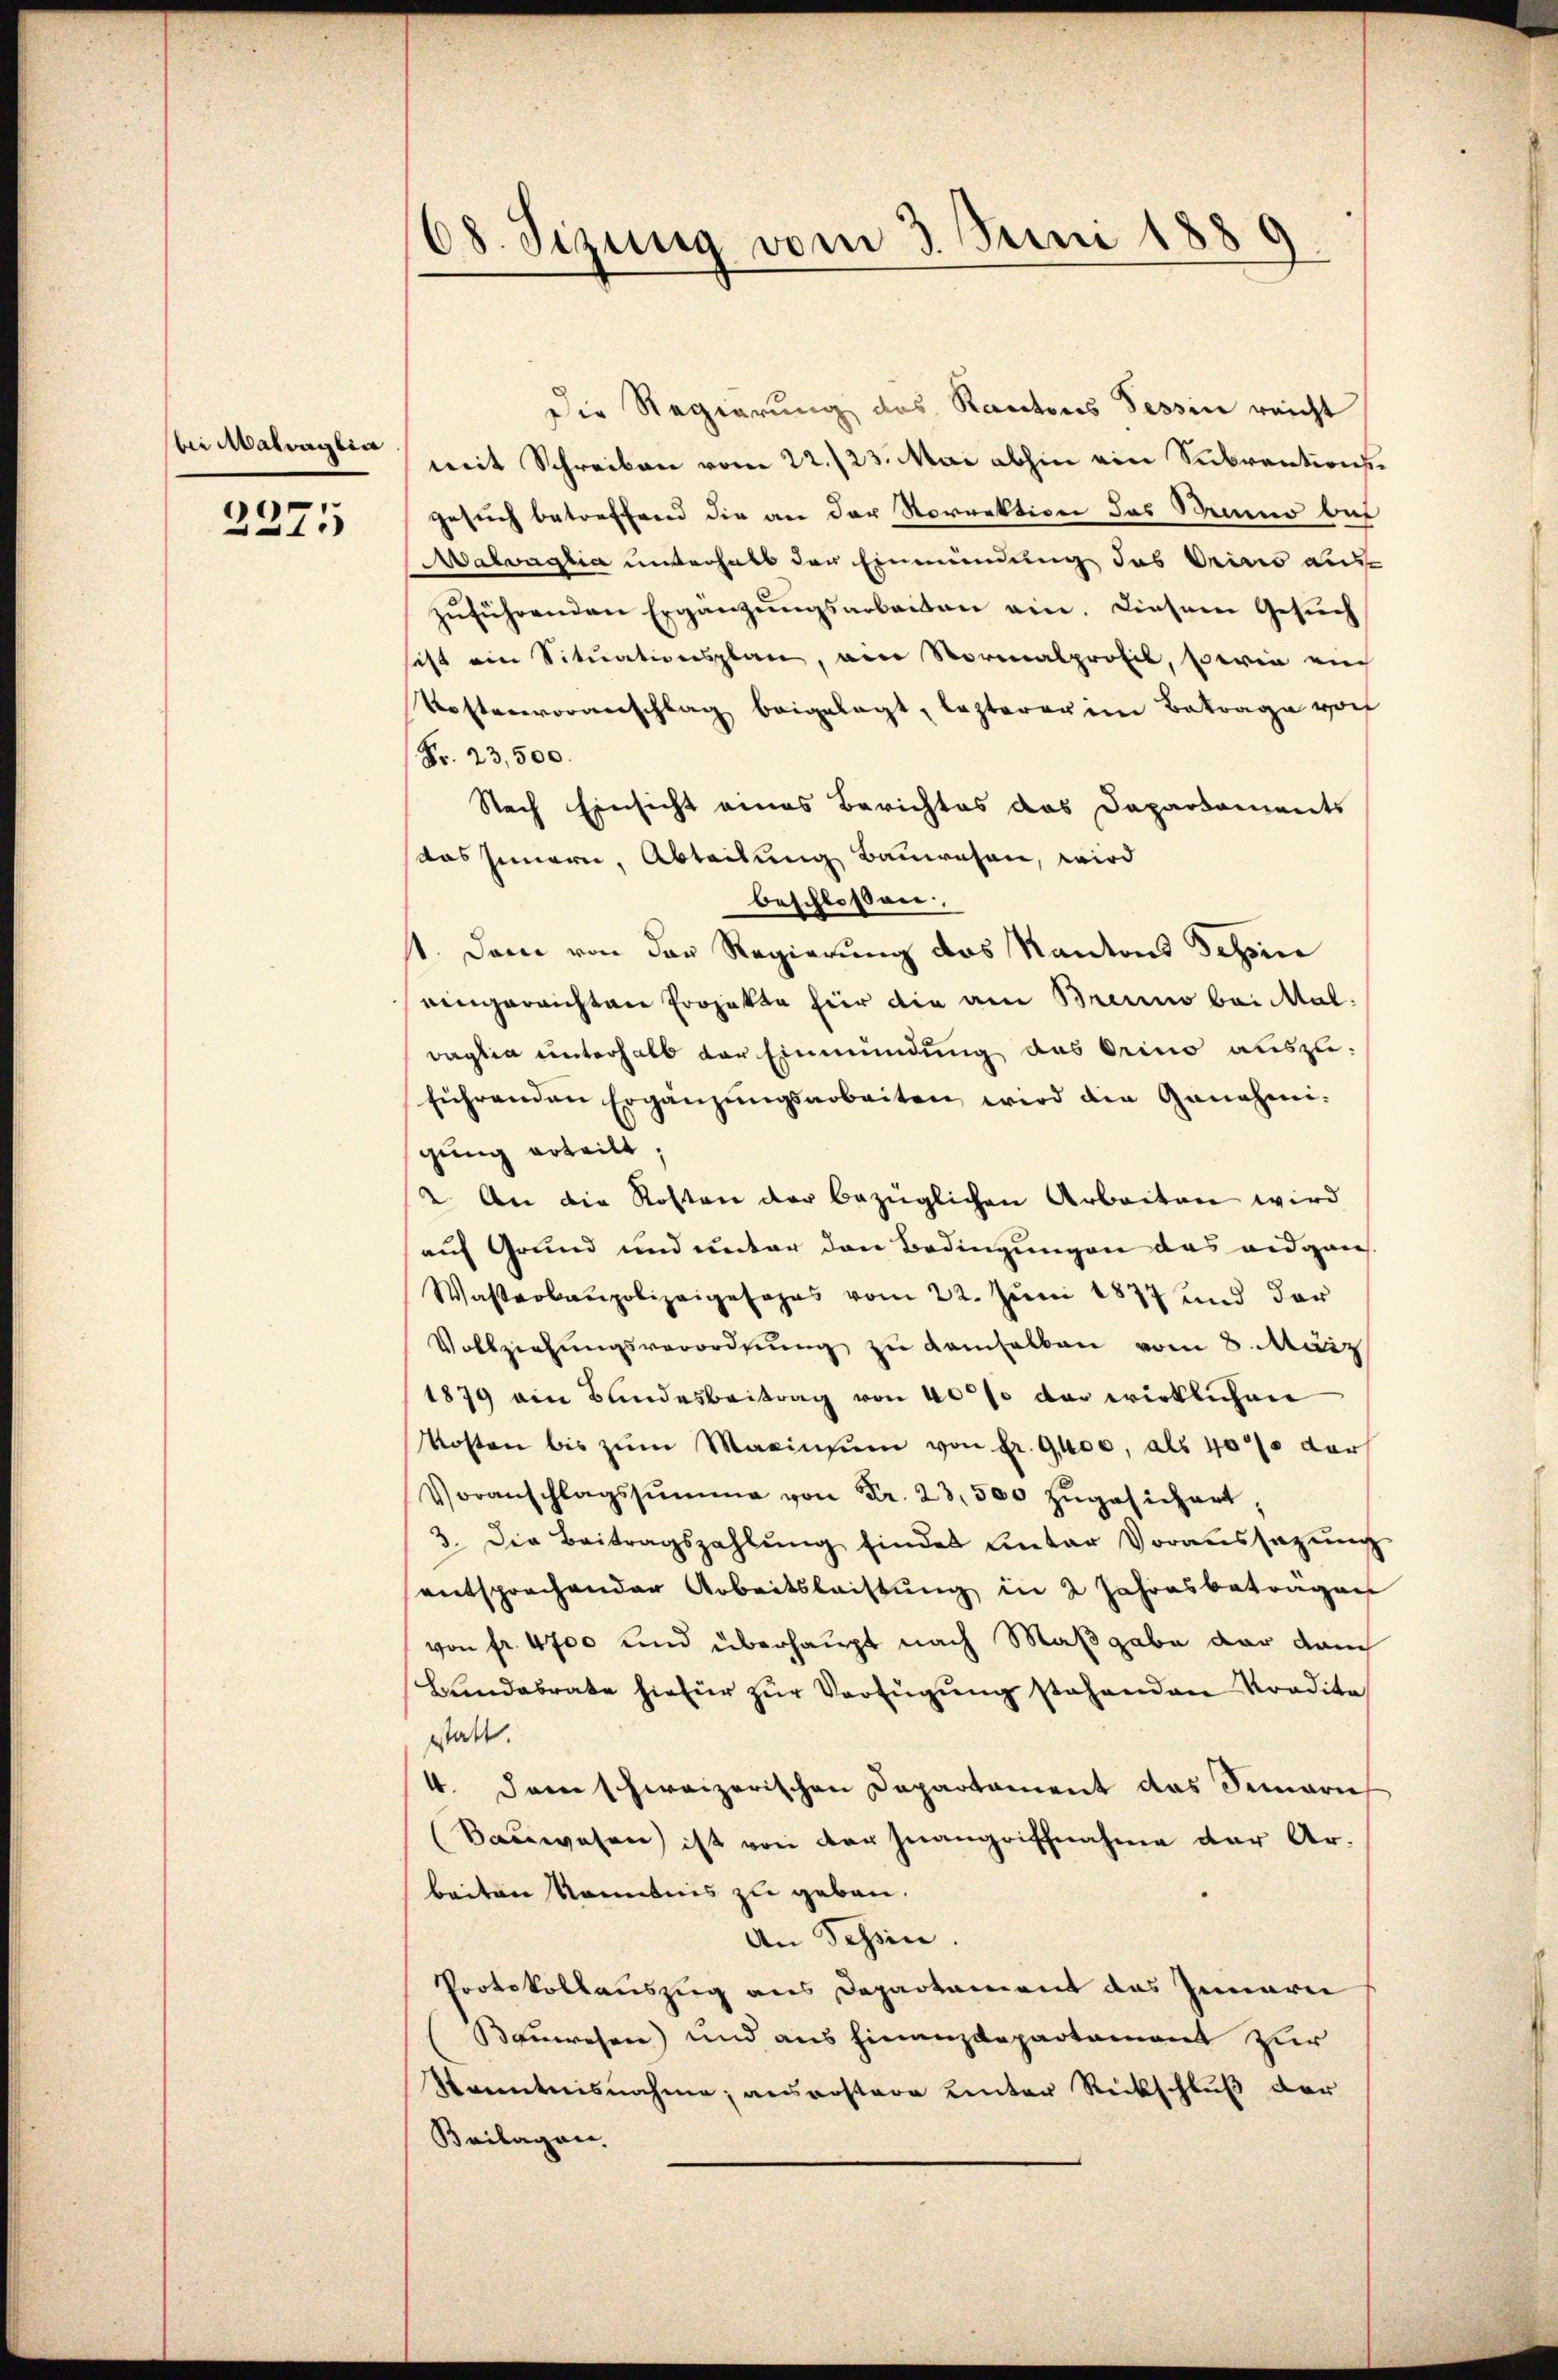
bei Matraglia

2275

Die Regierung des Kantons Tessin reicht
mit Schreiben vom 22./23. Mai abhin ein Subventions
Gesuch betreffend die an der Norrektion des Bruno bei
Malvaglia unterhalb der Einmündung des Orino auszŭführenden Ergänzŭngsarbeiten ein. Diesem Gesŭch
sest ein Situationsplan, am Normalprofil, sowie ein
Kostenvoranschlag beigelegt, lezterer im Betrage vorf
Nr. 23,500.
Nach Einsicht eines Berichtes das Dapartaments
das Innern, Abteilung Bauwesen, wird
beschlossen.
st. Dann von der Regierung des Kantons Schin
eingereichten Projekte hier die am Brenno bei Maldaglia unterhalb der Einmündung das Orino auszu-
führendann Ergänzŭngsarbeiten, wird die Genehmi-
gung erteilt.
(2. An die Kosten der bezüglichen Arbeiten wird
auf Grund und unter den Bedingungen des eidgen
Wasterbaupolizeigesages vom 22. Juni 1877 und der
Vollziehŭngsverordnŭng zu demselben vom 8. März
1879 am Bundesbeitrag von 40% der wirklichen
Kosten bis zŭm Maxinsum von fr. 9400, als 40% der
Voranschlagssumme von Fr. 23,500 zŭgesichert.
3. Die Beitragszahlŭng findes Einter Voraussagŭng
entsprechender Arbeitsleistung in 2 Jahresbeträgen
von fr. 4700 und überhaupt nach Maßgabe der dam
Bundesrate hiefür zŭr Verfügung stehenden Kredite
sstatt.
4. Dann schweizerischen Departament das Semari
(Sauwesen ist von der Inangriffnahme der Ar-
beiten Sonebnis zu geben.
An Tessin.
Protokollauszug aus Departament das Innerei
Bauwesen) und aus Finanzdepartement zur
Kenntnisnahme; ausrostere Leuter Rückschluß der
Beilagen.

68. Sizung vom 3. Juni 1889
—